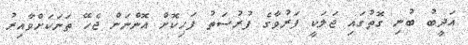
އަދީބު ބުނި ގޮތުގައި ޖަލަކީ ފަރުވާގެ ފުރުސަތު ފަހިކޮށް އޮންނަން ޖެހޭ ތަނަކަށްވާއިރު